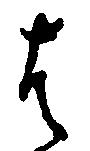
は